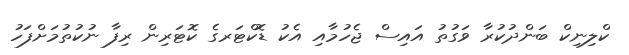
ކްލިނިކް ބަންދުކުރާ ވަގުތު އައިސް ޖެހުމާއި އެކު ޑޮކްޓަރގެ ކޮޓަރިން ރިފާ ނުކުތުމަށްފަހު